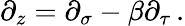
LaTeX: \partial_{z}=\partial_{\sigma}-\beta\partial_{\tau}\, .